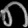
Digit: ၈